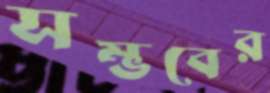
সম্ভবের